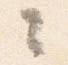
々